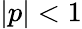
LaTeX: |p|<1